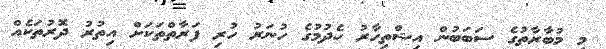
މި މުބާރާތުގެ ސަބަބުން އިޝްތިހާރު ހެދުމުގެ ހުނަރު ހުރި ފަރާތްތަކަށް އިތުރު ދޮރުތަކެއް